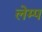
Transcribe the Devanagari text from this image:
लेम्प